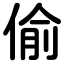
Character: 偷